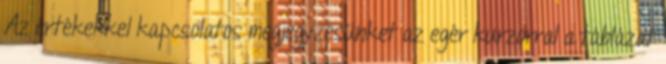
Az értékekkel kapcsolatos megjegyzésünket az egér kurzorral a táblázat